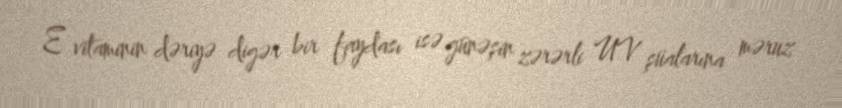
E vitaminin dəriyə digər bir faydası isə günəşin zərərli UV şüalarına məruz